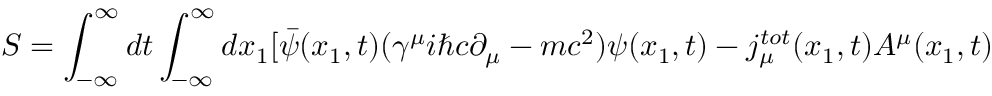
S = \int _ { - \infty } ^ { \infty } d t \int _ { - \infty } ^ { \infty } d x _ { 1 } [ \bar { \psi } ( x _ { 1 } , t ) ( { \gamma } ^ { \mu } i { \hbar } c { \partial } _ { \mu } - m c ^ { 2 } ) { \psi } ( x _ { 1 } , t ) - j _ { \mu } ^ { t o t } ( x _ { 1 } , t ) A ^ { \mu } ( x _ { 1 } , t )